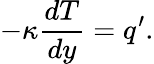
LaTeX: -\kappa\frac{dT}{dy}=q^{\prime}.